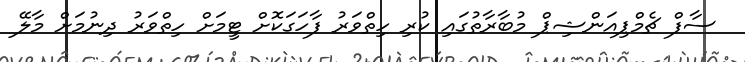
ސާފް ޗެމްޕިއަންޝިޕް މުބާރާތުގައި ކުރި ހިތްވަރު ފާހަގަކޮށް ޓީމަށް ހިތްވަރު ދިނުމަށް މާލޭ